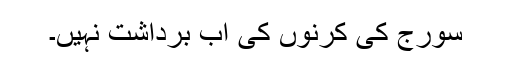
سورج کی کرنوں کی اب برداشت نہیں۔